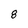
Character: 8